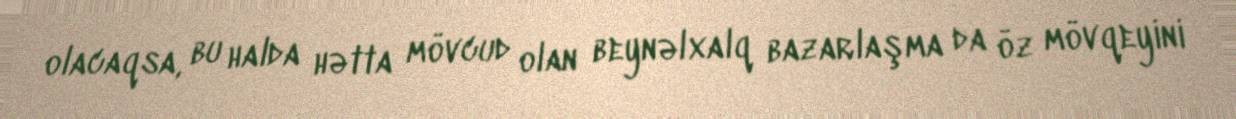
olacaqsa, bu halda hətta mövcud olan beynəlxalq bazarlaşma da öz mövqeyini